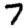
Digit: 7